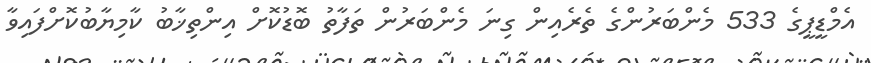
އެމްޑީޕީގެ 533 މެންބަރުންގެ ތެރެއިން ގިނަ މެންބަރުން ތަފާތު ބޮޑުކޮށް އިންތިޚާބު ކާމިޔާބުކޮށްފައިވާ